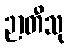
ဉာတီသု